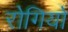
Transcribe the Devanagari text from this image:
रोगियों